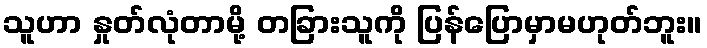
သူဟာ နှုတ်လုံတာမို့ တခြားသူကို ပြန်ပြောမှာမဟုတ်ဘူး။